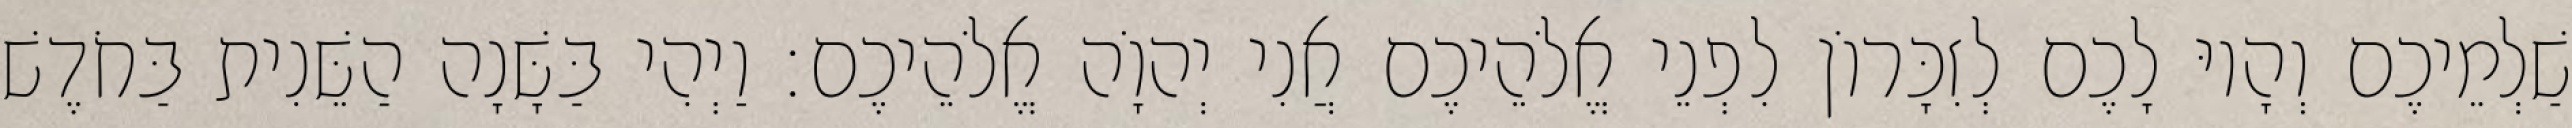
שַׁלְמֵיכֶם וְהָיוּ לָכֶם לְזִכָּרוֹן לִפְנֵי אֱלֹהֵיכֶם אֲנִי יְהוָֹה אֱלֹהֵיכֶם׃ וַיְהִי בַּשָּׁנָה הַשֵּׁנִית בַּחֹדֶשׁ